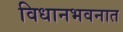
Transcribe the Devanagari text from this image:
विधानभवनात